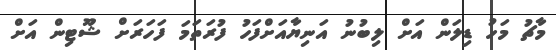
މާޗު މަހު ޑިލަން އަށް ލިބުނު އަނިޔާއަށްފަހު ފުރަތަމަ ފަހަރަށް ޝޫޓިން އަށް